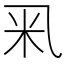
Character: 𥸦